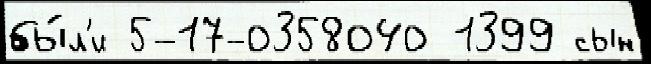
бы́л'и 5-17-0358040 1399 сын